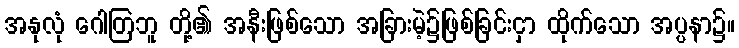
အနုလုံ ဂေါတြဘူ တို့၏ အနီးဖြစ်သော အခြားမဲ့၌ဖြစ်ခြင်းငှာ ထိုက်သော အပ္ပနာ၌။